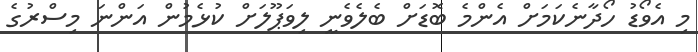
މި އެވޯޑު ހޯދާނެކަމަށް އެންމެ ބޮޑަށް ބެލެވެނީ ލިވަޕޫލަށް ކުޅެމުން އަންނަ މިސްރުގެ